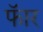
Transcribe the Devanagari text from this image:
फॅार